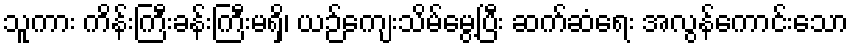
သူကား ကိန်းကြီးခန်းကြီးမရှိ၊ ယဉ်ကျေးသိမ်မွေ့ပြီး ဆက်ဆံရေး အလွန်ကောင်းသော